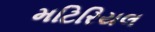
મટિરિયલ